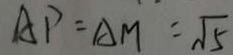
A P = A M = \sqrt { 5 }